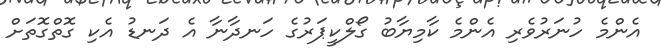
އެންމެ ހުނަރުވެރި އެންމެ ކާމިޔާބު ގޯލްކީޕަރުގެ ހަނދާނާ އެ ދަނޑު އެކި ގޮތްގޮތަށް